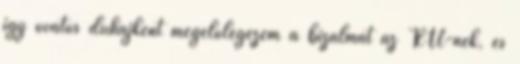
így óvatos duhajként megelőlegezem a bizalmat az RTL-nek, és